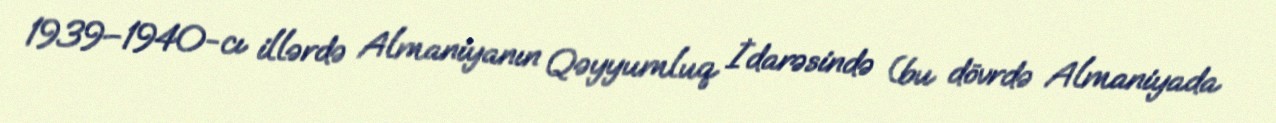
1939–1940-cı illərdə Almaniyanın Qəyyumluq İdarəsində (bu dövrdə Almaniyada